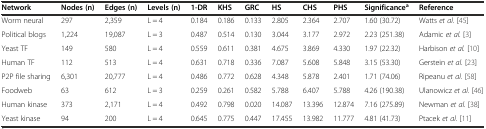
<table><thead><tr><td><b>Network</b></td><td><b>Nodes (n)</b></td><td><b>Edges (n)</b></td><td><b>Levels (n)</b></td><td><b>1-DR</b></td><td><b>KHS</b></td><td><b>GRC</b></td><td><b>HS</b></td><td><b>CHS</b></td><td><b>PHS</b></td><td><b>Significance<sup>a</sup></b></td><td><b>Reference</b></td></tr></thead><tbody><tr><td>Worm neural</td><td>297</td><td>2,359</td><td>L = 4</td><td>0.184</td><td>0.186</td><td>0.133</td><td>2.805</td><td>2.364</td><td>2.707</td><td>1.60 (30.72)</td><td>Watts <i>et al.</i> [45]</td></tr><tr><td>Political blogs</td><td>1,224</td><td>19,087</td><td>L = 3</td><td>0.487</td><td>0.514</td><td>0.130</td><td>3.044</td><td>3.177</td><td>2.972</td><td>2.23 (251.38)</td><td>Adamic <i>et al.</i> [3]</td></tr><tr><td>Yeast TF</td><td>149</td><td>580</td><td>L = 4</td><td>0.559</td><td>0.611</td><td>0.381</td><td>4.675</td><td>3.869</td><td>4.330</td><td>1.97 (22.32)</td><td>Harbison <i>et al.</i> [10]</td></tr><tr><td>Human TF</td><td>112</td><td>513</td><td>L = 4</td><td>0.631</td><td>0.718</td><td>0.336</td><td>7.087</td><td>5.608</td><td>5.848</td><td>3.15 (53.30)</td><td>Gerstein <i>et al.</i> [23]</td></tr><tr><td>P2P file sharing</td><td>6,301</td><td>20,777</td><td>L = 4</td><td>0.486</td><td>0.772</td><td>0.628</td><td>4.348</td><td>5.878</td><td>2.401</td><td>1.71 (74.06)</td><td>Ripeanu <i>et al.</i> [58]</td></tr><tr><td>Foodweb</td><td>63</td><td>612</td><td>L = 3</td><td>0.259</td><td>0.261</td><td>0.582</td><td>5.788</td><td>6.407</td><td>5.788</td><td>4.26 (190.38)</td><td>Ulanowicz <i>et al.</i> [46]</td></tr><tr><td>Human kinase</td><td>373</td><td>2,171</td><td>L = 4</td><td>0.492</td><td>0.798</td><td>0.020</td><td>14.087</td><td>13.396</td><td>12.874</td><td>7.16 (275.89)</td><td>Newman <i>et al.</i> [38]</td></tr><tr><td>Yeast kinase</td><td>94</td><td>200</td><td>L = 4</td><td>0.645</td><td>0.775</td><td>0.447</td><td>17.455</td><td>13.982</td><td>11.777</td><td>4.81 (41.73)</td><td>Ptacek <i>et al.</i> [11]</td></tr></tbody></table>